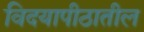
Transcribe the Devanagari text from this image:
विदयापीठातील